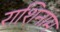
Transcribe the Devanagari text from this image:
राशिनाम